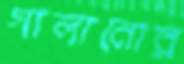
গালানোর